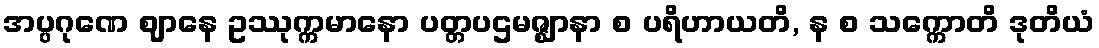
အပ္ပဂုဏေ ဈာနေ ဥဿုက္ကမာနော ပတ္တပဌမဇ္ဈာနာ စ ပရိဟာယတိ, န စ သက္ကောတိ ဒုတိယံ